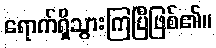
ရောက်ရှိသွားကြပြီဖြစ်၏။